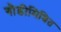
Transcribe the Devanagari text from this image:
गौडीमिश्रित